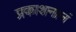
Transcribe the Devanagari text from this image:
प्रकाशनानं